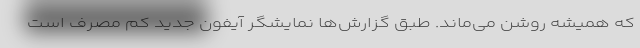
که همیشه روشن می‌ماند. طبق گزارش‌ها نمایشگر آیفون جدید کم مصرف است